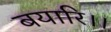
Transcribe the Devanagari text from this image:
बयारि।।